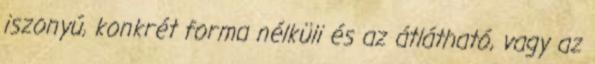
iszonyú, konkrét forma nélküli és az átlátható, vagy az